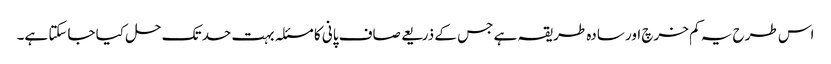
اس طرح یہ کم خرچ اور سادہ طریقہ ہے جس کے ذریعے صاف پانی کا مسئلہ بہت حد تک حل کیا جاسکتا ہے۔